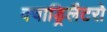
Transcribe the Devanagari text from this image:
क्वाड्रिलैटरो